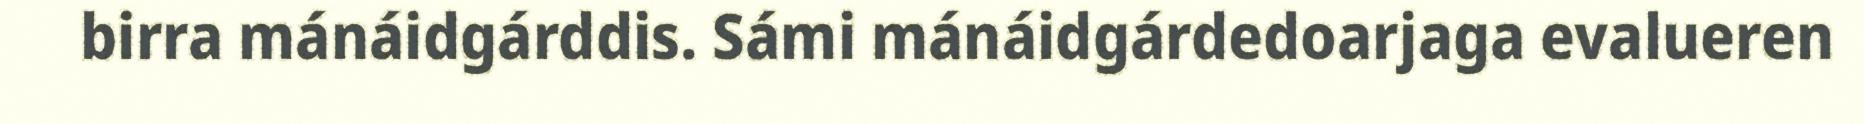
birra mánáidgárddis. Sámi mánáidgárdedoarjaga evalueren